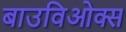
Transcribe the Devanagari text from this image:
बाउविओक्स